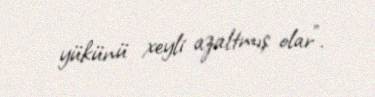
yükünü xeyli azaltmış olar”.